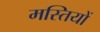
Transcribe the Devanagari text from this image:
मस्तियों